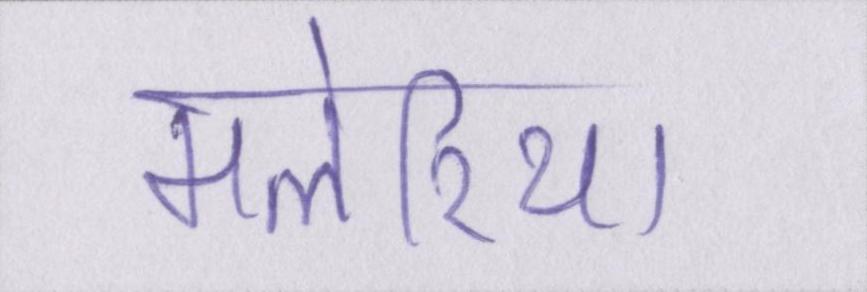
मलेरिया